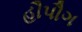
હૌપૌગ